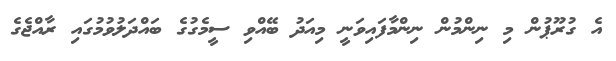
އެ ގުރޫޕުން މި ނިންމުން ނިންމާފައިވަނީ މިއަދު ބޭއްވި ސީމެގުގެ ބައްދަލުވުމުގައި ރާއްޖެގެ